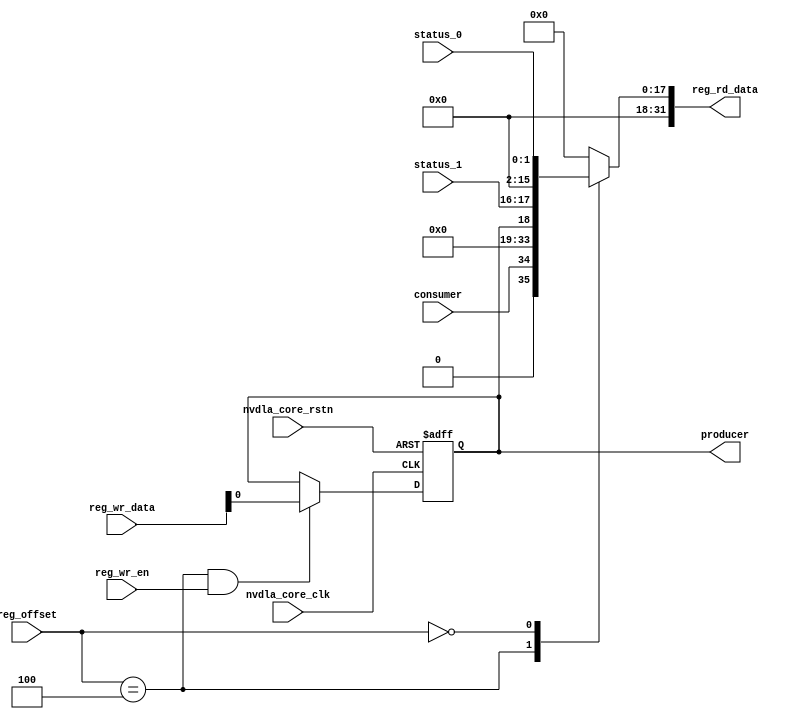
// ================================================================
// NVDLA Open Source Project
//
// Copyright(c) 2016 - 2017 NVIDIA Corporation. Licensed under the
// NVDLA Open Hardware License; Check "LICENSE" which comes with
// this distribution for more information.
// ================================================================
module NV_NVDLA_CDP_RDMA_REG_single (
   reg_rd_data
  ,reg_offset
// verilint 498 off
// leda UNUSED_DEC off
  ,reg_wr_data
// verilint 498 on
// leda UNUSED_DEC on
  ,reg_wr_en
  ,nvdla_core_clk
  ,nvdla_core_rstn
  ,producer
  ,consumer
  ,status_0
  ,status_1
  );
wire [31:0] nvdla_cdp_rdma_s_pointer_0_out;
wire [31:0] nvdla_cdp_rdma_s_status_0_out;
wire [11:0] reg_offset_rd_int;
wire [31:0] reg_offset_wr;
// Register control interface
output [31:0] reg_rd_data;
input [11:0] reg_offset;
input [31:0] reg_wr_data; //(UNUSED_DEC)
input reg_wr_en;
input nvdla_core_clk;
input nvdla_core_rstn;
// Writable register flop/trigger outputs
output producer;
// Read-only register inputs
input consumer;
input [1:0] status_0;
input [1:0] status_1;
// wr_mask register inputs
// rstn register inputs
// leda FM_2_23 off
reg arreggen_abort_on_invalid_wr;
reg arreggen_abort_on_rowr;
reg arreggen_dump;
// leda FM_2_23 on
reg producer;
reg [31:0] reg_rd_data;
assign reg_offset_wr = {20'b0 , reg_offset};
// SCR signals
// Address decode
wire nvdla_cdp_rdma_s_pointer_0_wren = (reg_offset_wr == (32'he004 & 32'h00000fff)) & reg_wr_en ; //spyglass disable UnloadedNet-ML //(W528)
wire nvdla_cdp_rdma_s_status_0_wren = (reg_offset_wr == (32'he000 & 32'h00000fff)) & reg_wr_en ; //spyglass disable UnloadedNet-ML //(W528)
assign nvdla_cdp_rdma_s_pointer_0_out[31:0] = { 15'b0, consumer, 15'b0, producer };
assign nvdla_cdp_rdma_s_status_0_out[31:0] = { 14'b0, status_1, 14'b0, status_0 };
assign reg_offset_rd_int = reg_offset;
// Output mux
//spyglass disable_block W338, W263
always @(
  reg_offset_rd_int
  or nvdla_cdp_rdma_s_pointer_0_out
  or nvdla_cdp_rdma_s_status_0_out
  ) begin
  case (reg_offset_rd_int)
     (32'he004 & 32'h00000fff): begin
                            reg_rd_data = nvdla_cdp_rdma_s_pointer_0_out ;
                            end
     (32'he000 & 32'h00000fff): begin
                            reg_rd_data = nvdla_cdp_rdma_s_status_0_out ;
                            end
    default: reg_rd_data = {32{1'b0}};
  endcase
end
//spyglass enable_block W338, W263
// spyglass disable_block STARC-2.10.1.6, NoConstWithXZ, W443
// Register flop declarations
always @(posedge nvdla_core_clk or negedge nvdla_core_rstn) begin
  if (!nvdla_core_rstn) begin
    producer <= 1'b0;
  end else begin
// Not generating flops for read-only field NVDLA_CDP_RDMA_S_POINTER_0::consumer
// Register: NVDLA_CDP_RDMA_S_POINTER_0 Field: producer
  if (nvdla_cdp_rdma_s_pointer_0_wren) begin
    producer <= reg_wr_data[0];
  end
// Not generating flops for read-only field NVDLA_CDP_RDMA_S_STATUS_0::status_0
// Not generating flops for read-only field NVDLA_CDP_RDMA_S_STATUS_0::status_1
  end
end
// spyglass enable_block STARC-2.10.1.6, NoConstWithXZ, W443
// synopsys translate_off
// VCS coverage off
initial begin
  arreggen_dump = $test$plusargs("arreggen_dump_wr");
  arreggen_abort_on_rowr = $test$plusargs("arreggen_abort_on_rowr");
  arreggen_abort_on_invalid_wr = $test$plusargs("arreggen_abort_on_invalid_wr");
`ifdef VERILATOR
`else
  $timeformat(-9, 2, "ns", 15);
`endif
end
always @(posedge nvdla_core_clk) begin
  if (reg_wr_en) begin
    case(reg_offset)
      (32'he004 & 32'h00000fff): if (arreggen_dump) $display("%t:%m: reg wr: NVDLA_CDP_RDMA_S_POINTER_0 = 0x%h (old value: 0x%h, 0x%b))", $time, reg_wr_data, nvdla_cdp_rdma_s_pointer_0_out, nvdla_cdp_rdma_s_pointer_0_out);
      (32'he000 & 32'h00000fff): begin
          if (arreggen_dump) $display("%t:%m: read-only reg wr: NVDLA_CDP_RDMA_S_STATUS_0 = 0x%h", $time, reg_wr_data);
          if (arreggen_abort_on_rowr) begin $display("ERROR: write to read-only register!"); $finish; end
        end
      default: begin
          if (arreggen_dump) $display("%t:%m: reg wr: Unknown register (0x%h) = 0x%h", $time, reg_offset, reg_wr_data);
          if (arreggen_abort_on_invalid_wr) begin $display("ERROR: write to undefined register!"); $finish; end
        end
    endcase
  end
end
// VCS coverage on
// synopsys translate_on
endmodule // NV_NVDLA_CDP_RDMA_REG_single